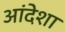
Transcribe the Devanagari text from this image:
आंदेशा